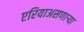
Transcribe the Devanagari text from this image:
एरियाअसणार्‍या